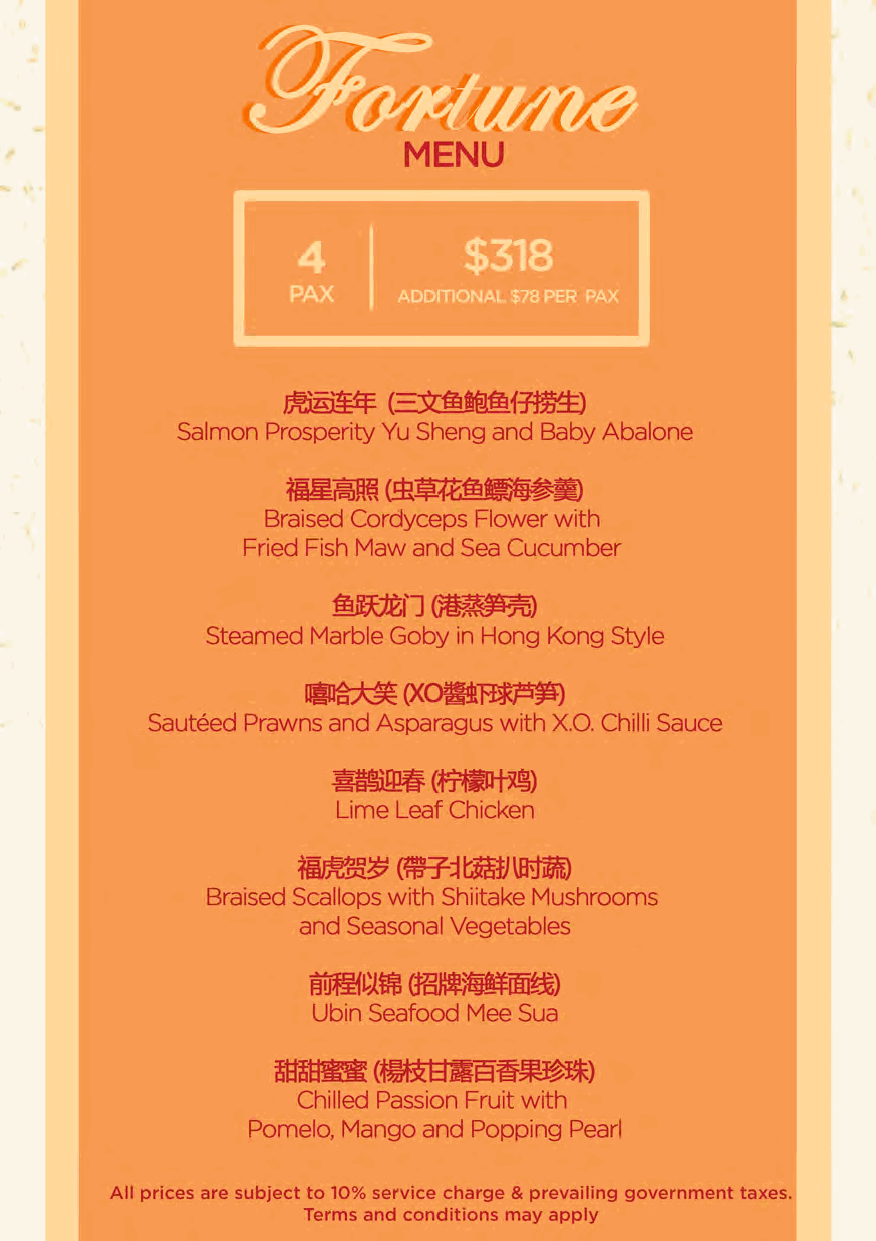
~      (~{1tH)
 Salmon Prosperity Yu Sheng and Baby Abalone
 m~•   cs~-ttffieJ~
 Braised Cordyceps Flower with
 Fried Fish Maw and Sea Cucumber
 ~fl~~
 Steamed Marble Goby in Hong Kong Style
 ~      (XOll~f~pJi)
 Sauteed Prawns and Asparagus with X.O. Chilli Sauce
 @MiID1f (~)
 Lime Leaf Chicken
 ~9    (fflq-~ ljfil:Jumi)
 Braised Scallops with Shiitake Mushrooms
 and Seasonal Vegetables
 ffl¥ic.J.tlti
 (ffl~j~ffij~)
 Ubin Seafood Mee Sua
 !tt!~  (~s~)
 Chilled Passion Fruit with
 Pomelo, Mango and Popping Pearl
 All prices are subject to 10% service charge & prevailing government taxes.
 Terms and conditions may apply